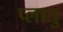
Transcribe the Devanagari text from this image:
प्लातु